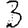
Digit: 3